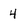
Character: 4